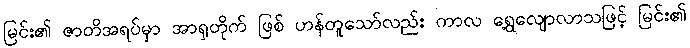
မြင်း၏ ဇာတိအရပ်မှာ အာရှတိုက် ဖြစ် ဟန်တူသော်လည်း ကာလ ရွေ့လျောလာသဖြင့် မြင်း၏